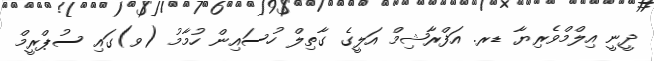
ދީނީ އިލްމްވެރިޔާ ޑރ. އަފްރާޝިމް އަލީގެ ގާތިލް ހުސައިން ހުމާމު (ވ)ގައި ސުޕްރީމް